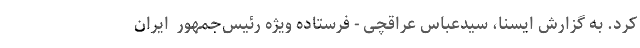
کرد. به گزارش ایسنا، سیدعباس عراقچی - فرستاده ویژه رئیس‌جمهور  ایران